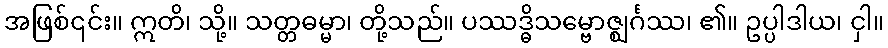
အဖြစ်၎င်း။ ဣတိ၊ သို့။ သတ္တဓမ္မာ၊ တို့သည်။ ပဿဒ္ဓိသမ္ဗောဇ္ဈင်္ဂဿ၊ ၏။ ဥပ္ပါဒါယ၊ ငှါ။